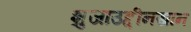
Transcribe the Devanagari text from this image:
शुजाउद्दीनखान